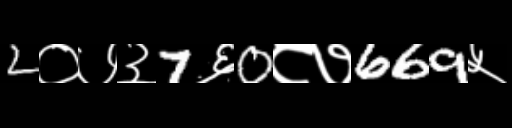
Text: 2०७३7६0८७669५